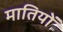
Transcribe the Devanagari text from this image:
मातियों